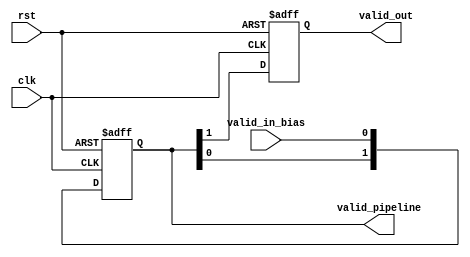
module control_pipeline_layer1(
    input valid_in_bias, clk, rst,
    output reg valid_out,
    output reg [1:0] valid_pipeline
);
  
    always @(posedge clk or posedge rst) 
    begin
        if(rst)begin
            valid_pipeline[0] <= 1'd0;
            valid_pipeline[1] <= 1'd0;
            valid_out <= 1'd0;
        end
        else begin
            valid_pipeline[0] <= valid_in_bias;
            valid_pipeline[1] <= valid_pipeline[0];
            valid_out <= valid_pipeline[1];
        end
    end        


endmodule